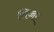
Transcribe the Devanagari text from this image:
लिच्चर